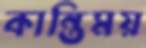
কান্তিময়